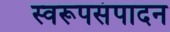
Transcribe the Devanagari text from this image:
स्वरूपसंपादन